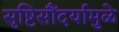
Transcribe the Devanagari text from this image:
सृष्टिसौंदर्यामुळे